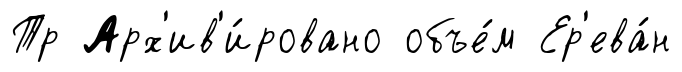
Тр Арх'ив'и́ровано объе́м Ер'ева́н